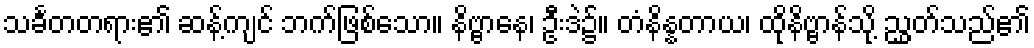
သင်္ခတတရား၏ ဆန့်ကျင် ဘက်ဖြစ်သော။ နိဗ္ဗာနေ၊ ဦးဒဲ၌။ တံနိန္နတာယ၊ ထိုနိဗ္ဗာန်သို့ ညွှတ်သည်၏